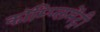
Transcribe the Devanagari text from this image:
कॉम्‍प्‍लिमेंट्री